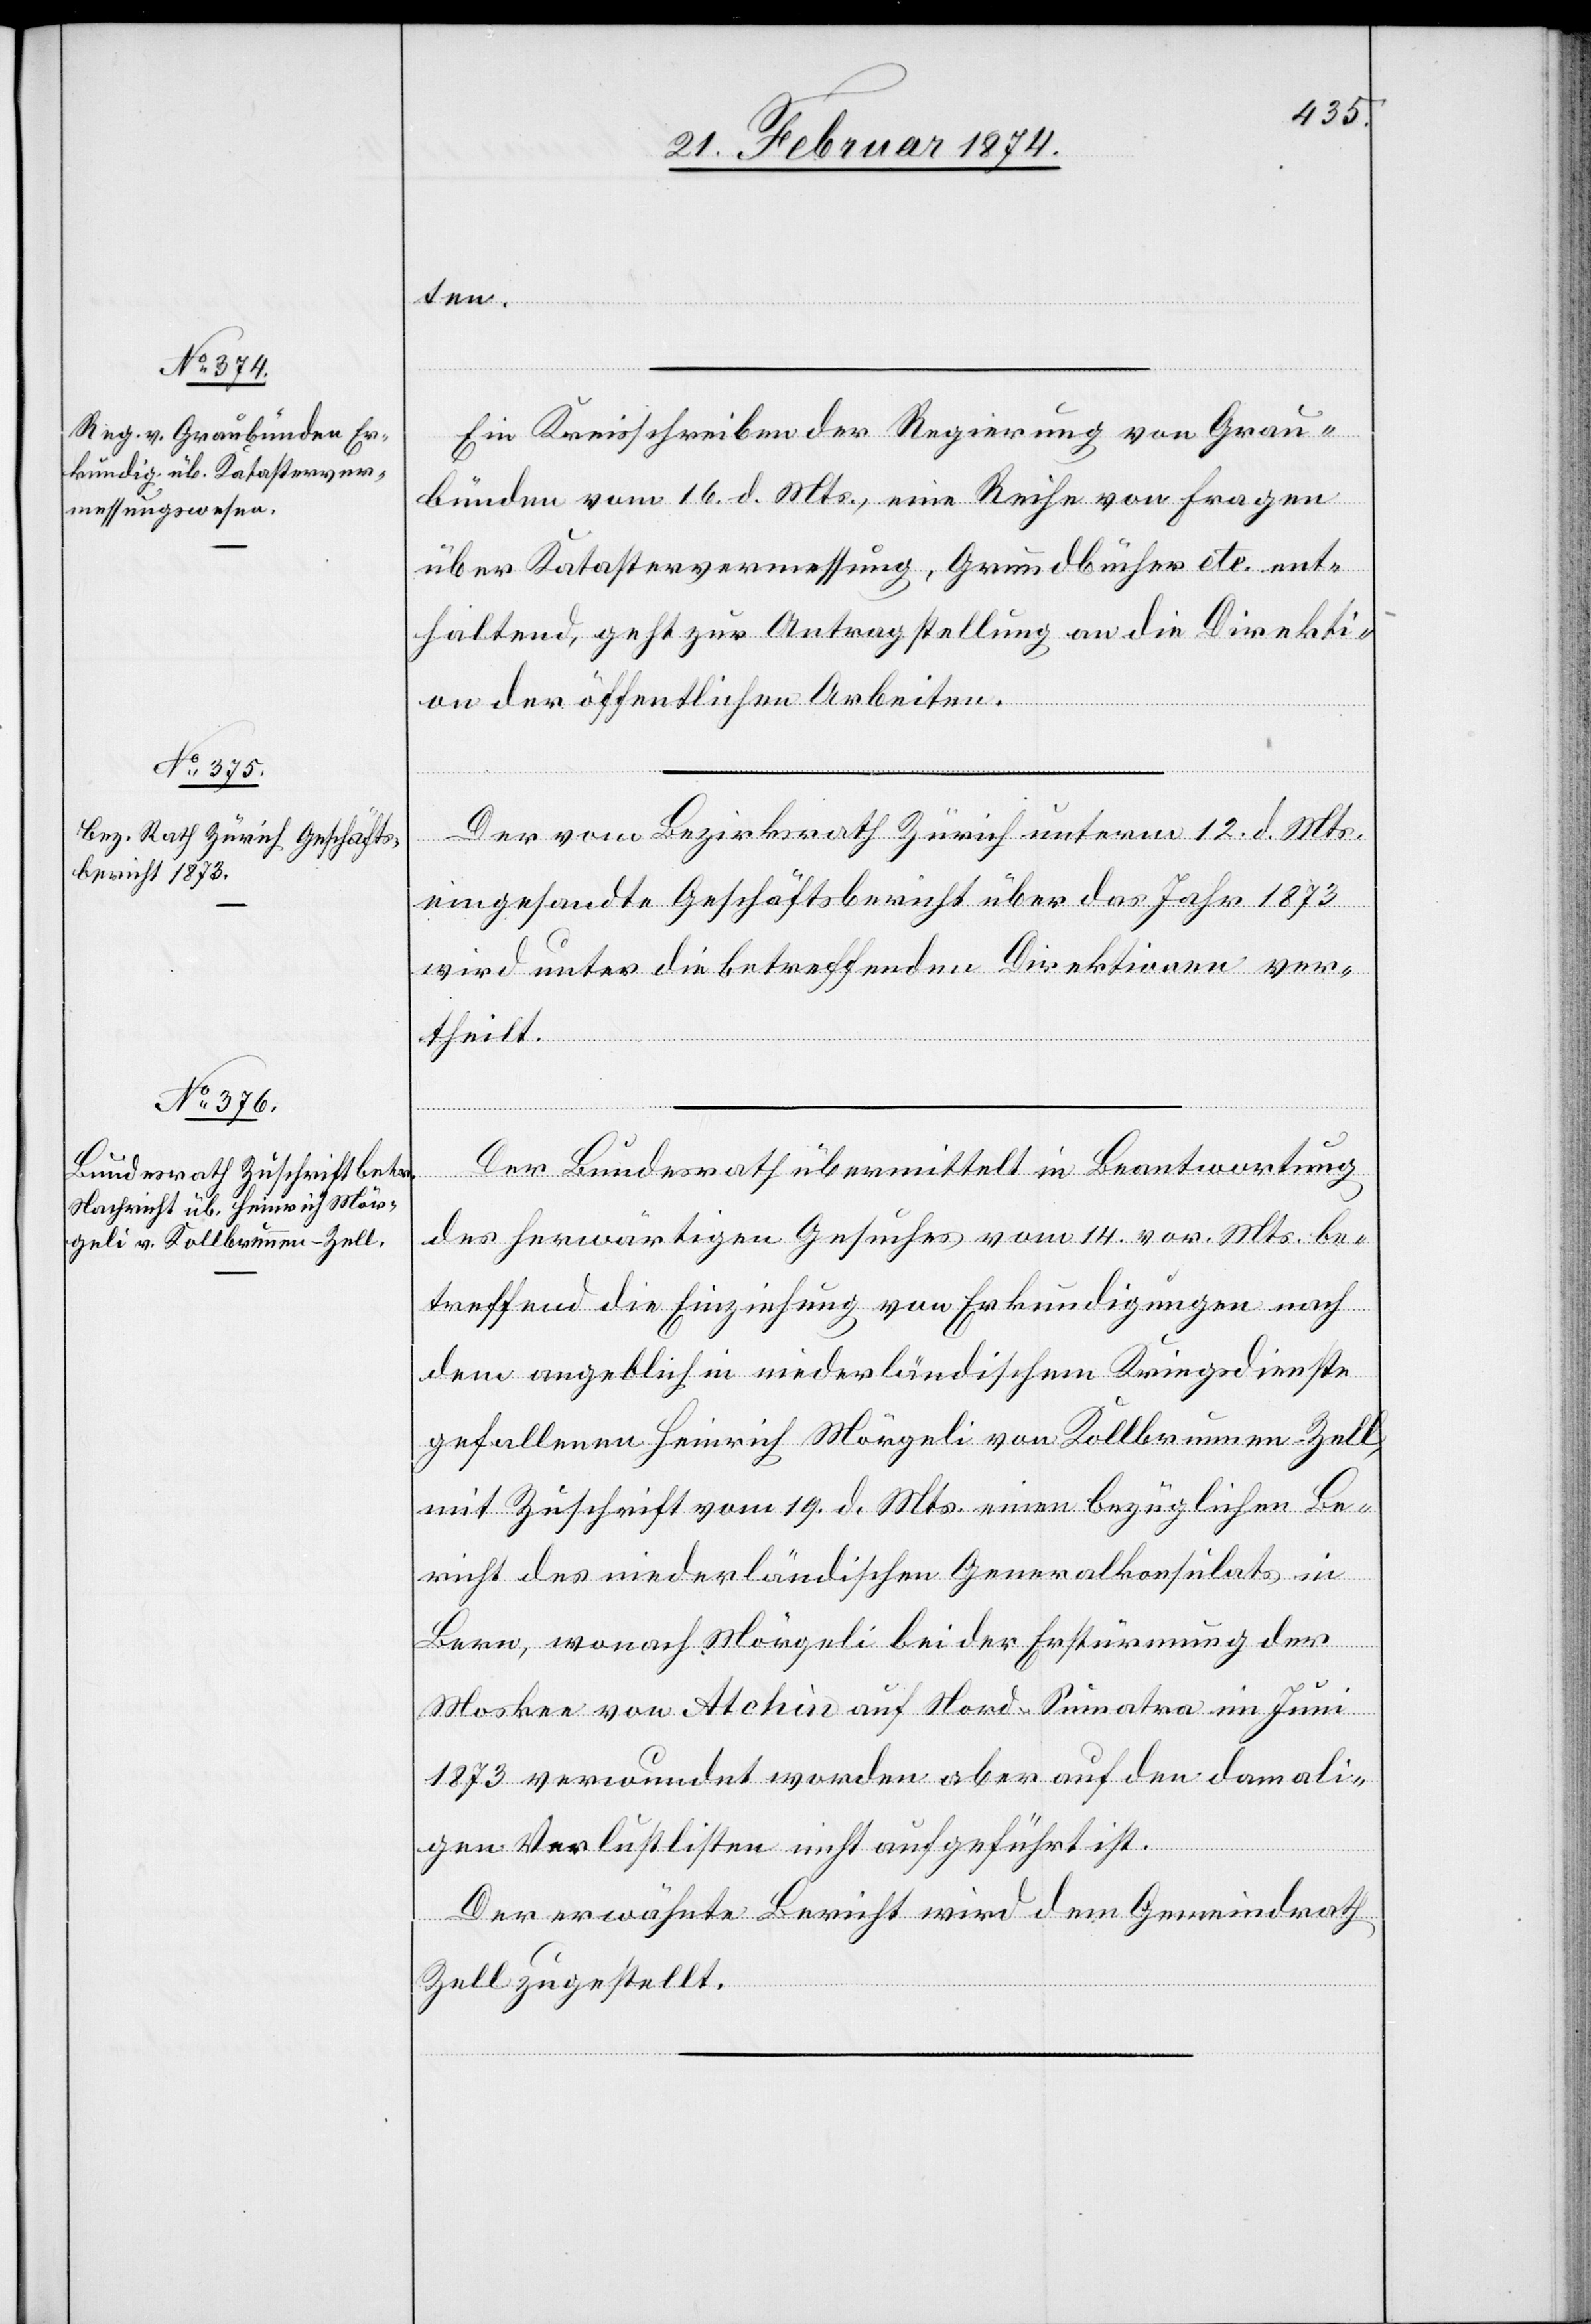
25. Februar 1874.]
ten.
Ein Kreisschreiben der Regierung von Grau¬
bünden vom 16. d. Mts., eine Reihe von Fragen
über Katastervermessung, Grundbücher etc. ent¬
haltend, geht zur Antragstellung an die Direkti¬
on der öffentlichen Arbeiten.
Der vom Bezirksrath Zürich unterm 12. d. Mts.
eingesandte Geschäftsbericht über das Jahr 1873
wird unter die betreffenden Direktionen ver¬
theilt.
Der Bundesrath übermittelt in Beantwortung
des herwärtigen Gesuches vom 14. vor. Mts. be¬
treffend die Einziehung von Erkundigungen nach
dem angeblich in niederländischem Kriegsdienste
gefallenem Heinrich Mörgeli von Kollbrunnen-Zell,
mit Zuschrift vom 19. d. Mts. einen bezüglichen Be¬
richt des niederländischen Generalkonsulats in
Bern, wonach Mörgeli bei der Erstürmung der
Moskee von Atchin auf Nord-Sumatra im Juni
1873 verwundet worden aber auf den damali¬
gen Verlustlisten nicht aufgeführt ist.
Der erwähnte Bericht wird dem Gemeindrath
Zell zugestellt.